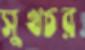
সুখচর